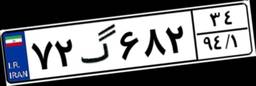
۷۲گ۶۸۲۳۴